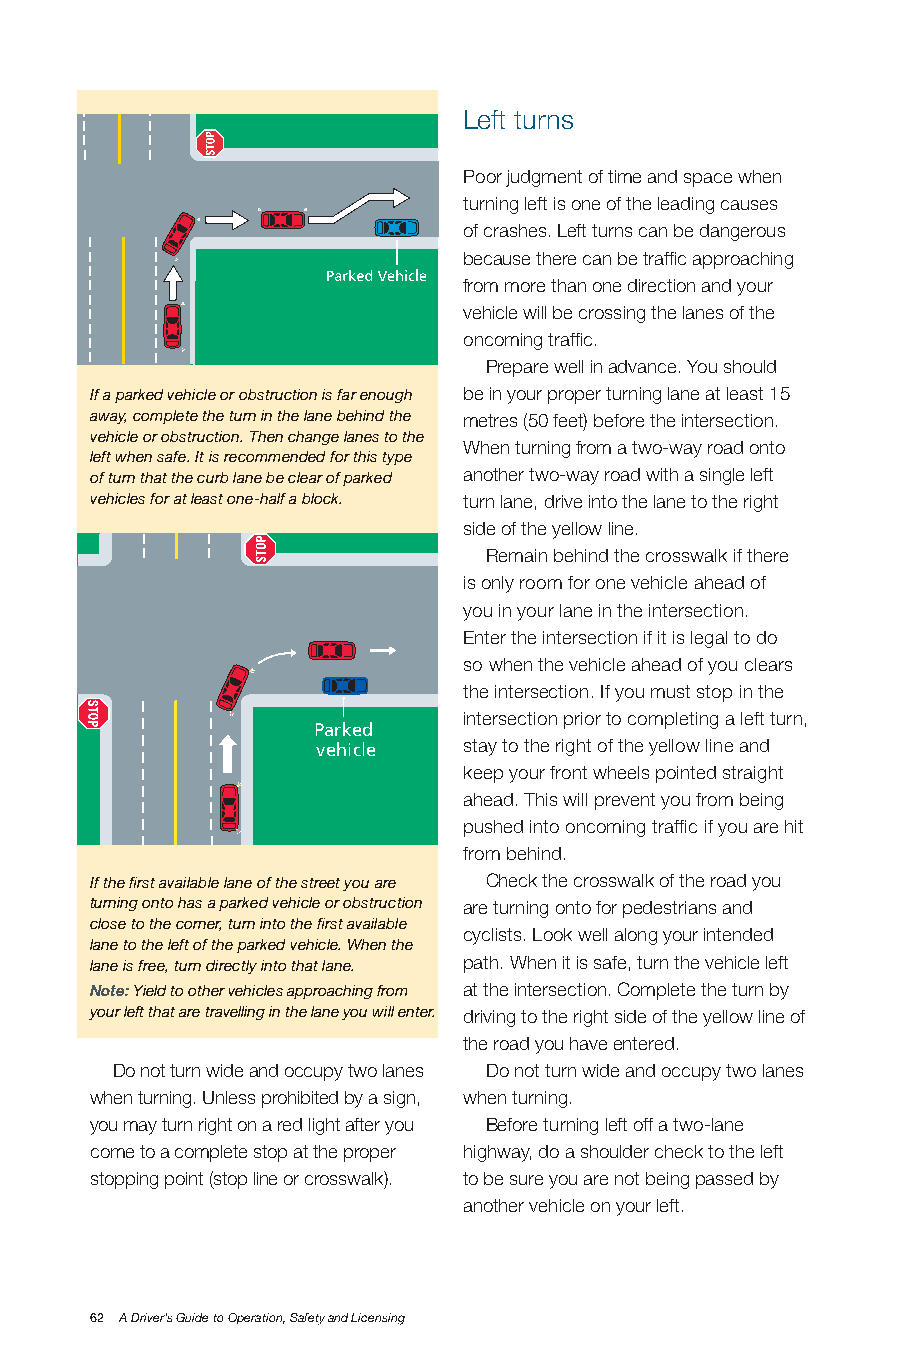
Left turns
 Poor judgment of time and space when
 turning left is one of the leading causes
 of crashes. Left turns can be dangerous
 because there can be traffic approaching
 from more than one direction and your
 vehicle will be crossing the lanes of the
 oncoming traffic.
 Prepare well in advance. You should
 If a parked vehicle or obstruction is far enough be in your proper turning lane at least 15
 away, complete the turn in the lane behind the metres (50 feet) before the intersection.
 vehicle or obstruction. Then change lanes to the
 When turning from a two-way road onto
 left when safe. It is recommended for this type
 of turn that the curb lane be clear of parked another two-way road with a single left
 vehicles for at least one-half a block. turn lane, drive into the lane to the right
 side of the yellow line.
 Remain behind the crosswalk if there
 is only room for one vehicle ahead of
 you in your lane in the intersection.
 Enter the intersection if it is legal to do
 so when the vehicle ahead of you clears
 the intersection. If you must stop in the
 intersection prior to completing a left turn,
 Parked
 vehicle   stay to the right of the yellow line and
 keep your front wheels pointed straight
 ahead. This will prevent you from being
 pushed into oncoming traffic if you are hit
 from behind.
 If the first available lane of the street you are Check the crosswalk of the road you
 turning onto has a parked vehicle or obstruction are turning onto for pedestrians and
 close to the corner, turn into the first available
 cyclists. Look well along your intended
 lane to the left of the parked vehicle. When the
 lane is free, turn directly into that lane. path. When it is safe, turn the vehicle left
 Note: Yield to other vehicles approaching from at the intersection. Complete the turn by
 your left that are travelling in the lane you will enter. driving to the right side of the yellow line of
 the road you have entered.
 Do not turn wide and occupy two lanes Do not turn wide and occupy two lanes
 when turning. Unless prohibited by a sign, when turning.
 you may turn right on a red light after you Before turning left off a two-lane
 come to a complete stop at the proper highway, do a shoulder check to the left
 stopping point (stop line or crosswalk). to be sure you are not being passed by
 another vehicle on your left.
 62 A Driver’s Guide to Operation, Safety and Licensing